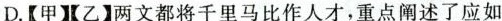
D.【甲乙】两文都将千里马比作人才，重点阐述了应如